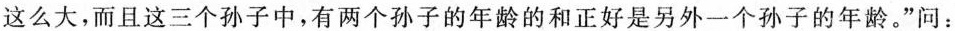
这么大，而且这三个孙子中，有两个孙子的年龄的和正好是另外一个孙子的年龄。”问：